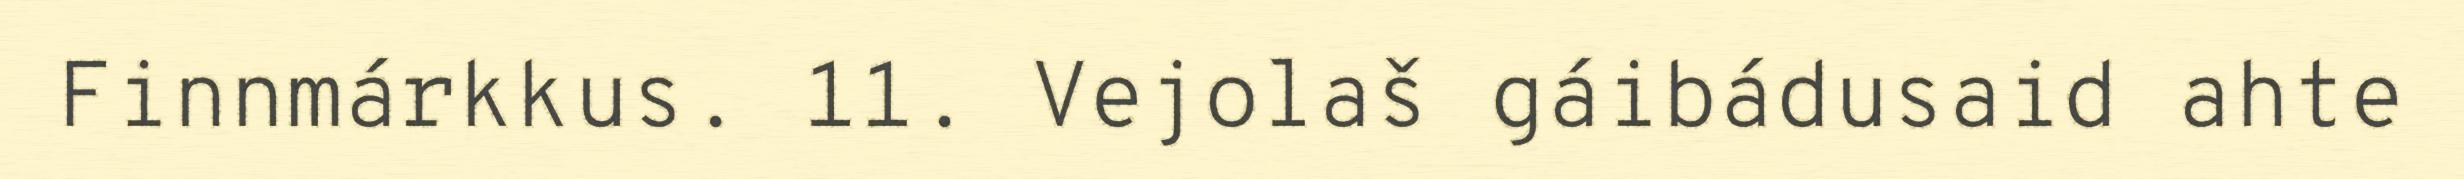
Finnmárkkus. 11. Vejolaš gáibádusaid ahte